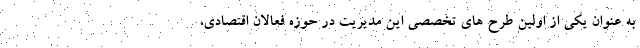
به عنوان یکی از اولین طرح های تخصصی این مدیریت در حوزه فعالان اقتصادی،